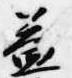
益